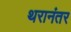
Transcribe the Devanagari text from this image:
थरानंतर